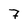
Character: 7